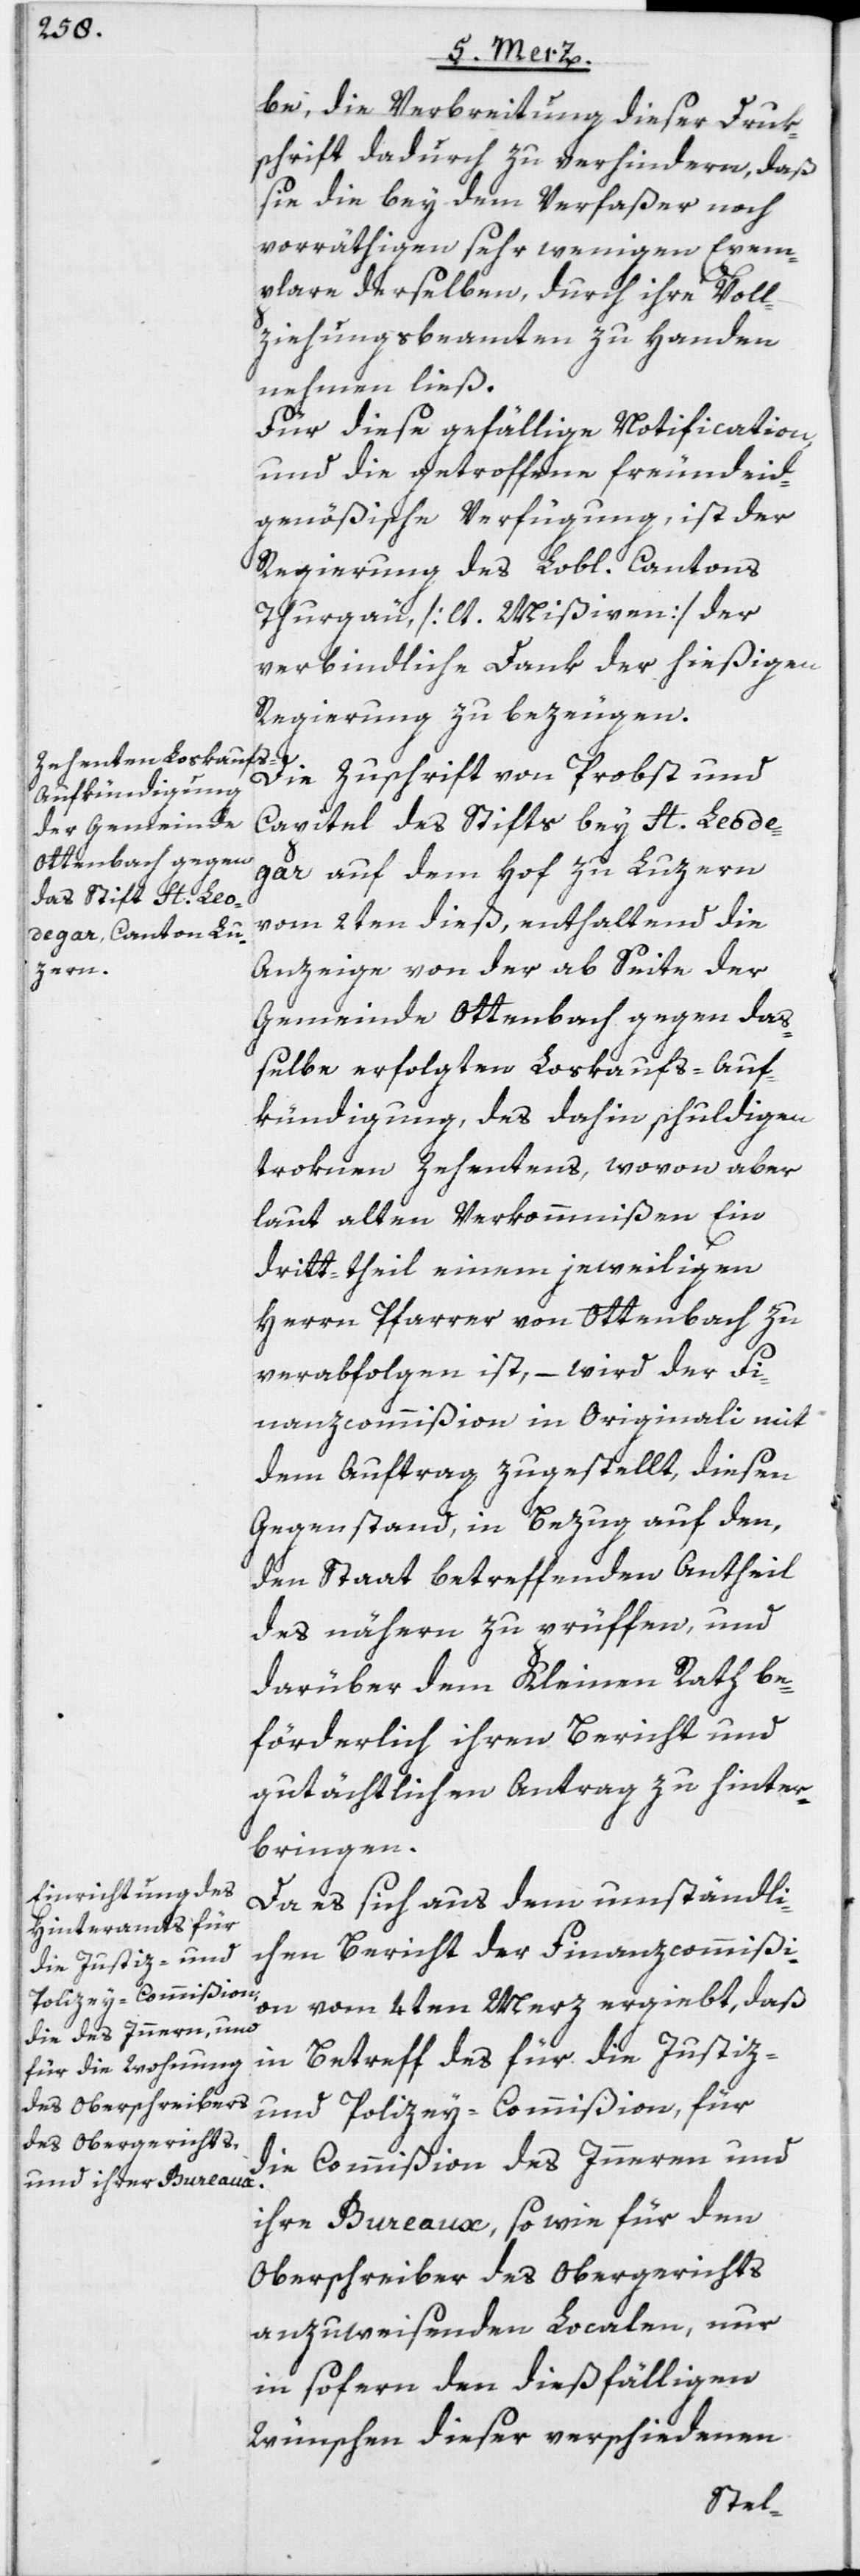
be, die Verbreitung dieser Druk¬
schrift dadurch zu verhindern, daß
sie die bey dem Verfaßer noch
vorräthigen sehr wenigen Exem¬
plare derselben, durch ihre Voll¬
ziehungsbeamten zu Handen
nehmen ließ.
Für diese gefällige Notification,
und die getroffene freundeid¬
genößische Verfügung, ist der
Regierung des Lobl. Cantons
Thurgau, [lt. Mißiven] der
verbindliche Dank der hießigen
Regierung zu bezeugen.
Die Zuschrift von Probst und
Capitel des Stifts bey St. Leode¬
gar auf dem Hof zu Luzern
vom 2ten dieß, enthaltend die
Anzeige von der ab Seite der
Gemeinde Ottenbach gegen das¬
selbe erfolgten Loskaufs-Auf¬
kündigung, des dahin schuldigen
troknen Zehentens, wovon aber
laut alten Verkommnißen Ein
dritt-theil einem jeweiligen
Herrn Pfarrer von Ottenbach zu
verabfolgen ist, – wird der Fi¬
nanzcommißion in Originali mit
dem Auftrag zugestellt, diesen
Gegenstand, in Bezug auf den,
den Staat betreffenden Antheil
des nähern zu prüffen, und
darüber dem Kleinen Rath be¬
förderlich ihren Bericht und
gutächtlichen Antrag zu hinter¬
bringen.
Da es sich aus dem umständli¬
chen Bericht der Finanzcommißi¬
on vom 4ten Merz ergiebt, daß
in Betreff des für die Justiz-
und Polizey-Commißion, für
die Commißion des Inneren und
ihre Bureaux, so wie für den
Oberschreiber des Obergerichts
anzuweisenden Localen, nur
in sofern den dießfälligen
Wünschen dieser verschiedenen